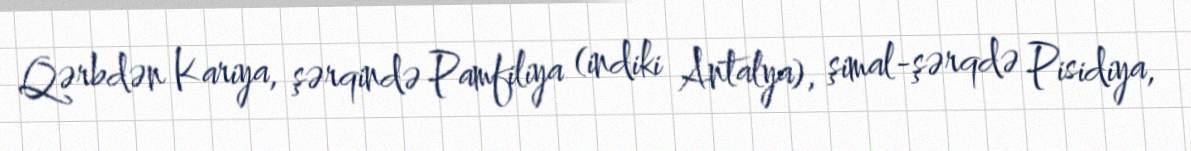
Qərbdən Kariya, şərqində Pamfiliya (indiki Antalya), şimal-şərqdə Pisidiya,